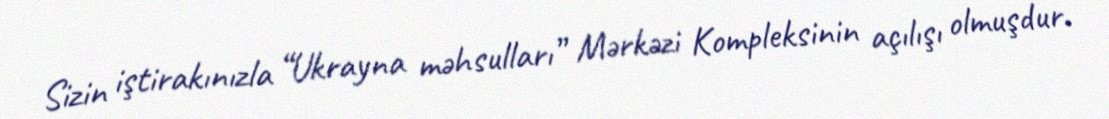
Sizin iştirakınızla “Ukrayna məhsulları” Mərkəzi Kompleksinin açılışı olmuşdur.